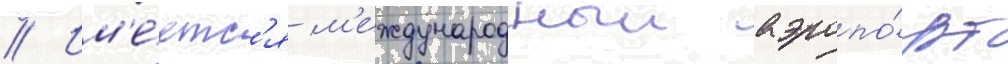
// Им'е́етс'я м'еждународныи аэропо́рт